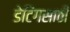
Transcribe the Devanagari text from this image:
डेटिंगसाठी